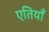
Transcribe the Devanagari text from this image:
एतियाँ